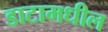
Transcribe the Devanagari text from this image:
डाटामधील